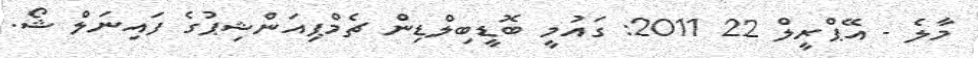
މާލެ - އޭޕްރީލް 22 2011: ގައުމީ ބޮޑީބިލްޑިން ޗެމްޕިއަންޝިޕުގެ ފައިނަލް ޝޯ.